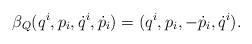
LaTeX: \begin{align*} \beta_Q(q^i,p_i,\dot{q}^i,\dot{p}_i)=(q^i,p_i,-\dot{p}_i,\dot{q}^i). \end{align*}